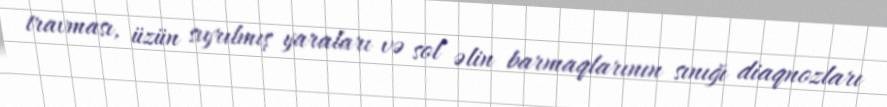
travması, üzün sıyrılmış yaraları və sol əlin barmaqlarının sınığı diaqnozları